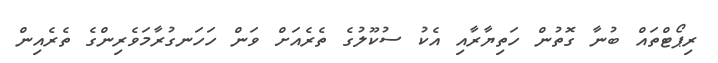
ރިޕޯޓްތައް ބުނާ ގޮތުން ހަތިޔާރާއި އެކު ސުކޫލުގެ ތެރެއަށް ވަން ހަހަނގުރާމަވެރިންގެ ތެރެއިން